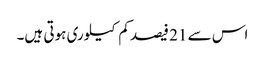
اس سے 21 فیصد کم کیلوری ہوتی ہیں۔